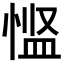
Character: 𪬌